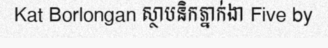
Kat Borlongan ស្ថាបនិកភ្នាក់ងា Five by